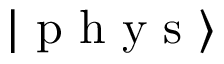
| \mathrm { ~ p ~ h ~ y ~ s ~ } \rangle